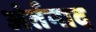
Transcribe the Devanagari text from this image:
अंर्तनाद